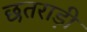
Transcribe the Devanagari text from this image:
छतराड़ी